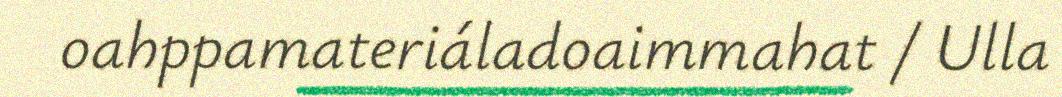
oahppamateriáladoaimmahat / Ulla